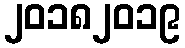
၂၀၁၈၂၀၁၉